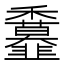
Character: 𩐖